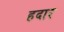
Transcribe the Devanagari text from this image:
हदार